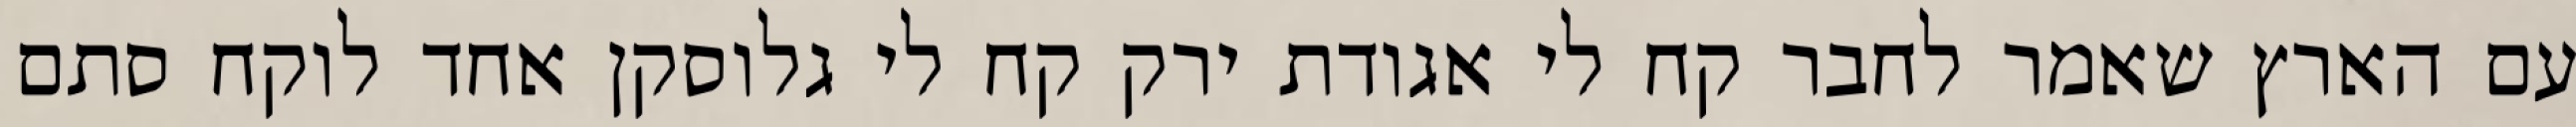
עם הארץ שאמר לחבר קח לי אגודת ירק קח לי גלוסקן אחד לוקח סתם